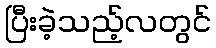
ပြီးခဲ့သည့်လတွင်